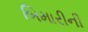
બિમારીની